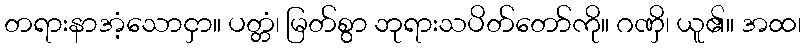
တရားနာအံ့သောငှာ။ ပတ္တံ၊ မြတ်စွာ ဘုရားသပိတ်တော်ကို။ ဂဏှိ၊ ယူ၏။ အထ၊